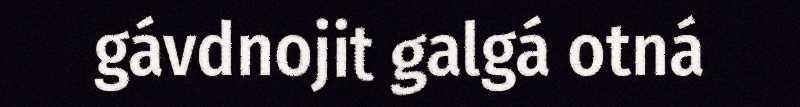
gávdnojit galgá otná